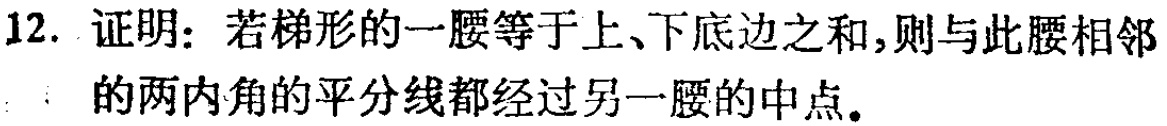
12. 证明：若梯形的一腰等于上、下底边之和，则与此腰相邻的两内角的平分线都经过另一腰的中点。